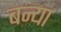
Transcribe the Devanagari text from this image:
बन्या